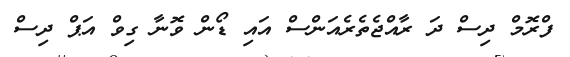
ފްރޮމް ދިސް ދަ ރާއްޖެތެރެއަންސް އައި ޑޯން ވޮނާ ގިވް އަޕް ދިސް